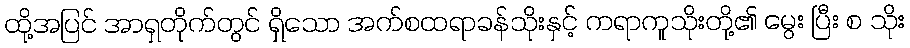
ထို့အပြင် အာရှတိုက်တွင် ရှိသော အက်စထရာခန်သိုးနှင့် ကရာကူသိုးတို့၏ မွေး ပြီး စ သိုး